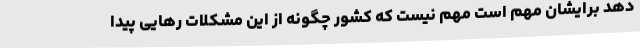
دهد برایشان مهم است مهم نیست که کشور چگونه از این مشکلات رهایی پیدا